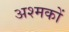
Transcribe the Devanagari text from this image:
अश्मकों